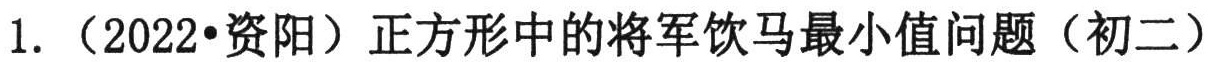
1. （2022·资阳）正方形中的将军饮马最小值问题（初二）